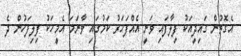
އެގޮތުން ގައިދީއަކު ފިލާފައި ވަނީ އެއްފަހަރު ކަމުގައި ވާނަމަ އެމީހަކު ފިލިފަހުން ދެ